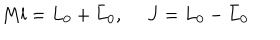
M l = L _ { 0 } + \bar { L } _ { 0 } , \ J = L _ { 0 } - \bar { L } _ { 0 }